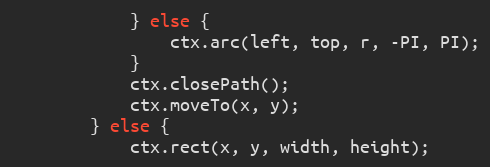
Language: JavaScript
			} else {
				ctx.arc(left, top, r, -PI, PI);
			}
			ctx.closePath();
			ctx.moveTo(x, y);
		} else {
			ctx.rect(x, y, width, height);